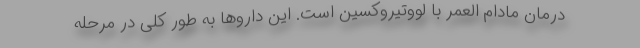
درمان مادام العمر با لووتیروکسین است. این داروها به طور کلی در مرحله